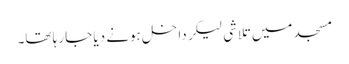
مسجد میں تلاشی لیکر داخل ہونے دیا جا رہا تھا۔